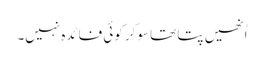
اُنھیں پتا تھا سوکر کوئی فائدہ نہیں۔